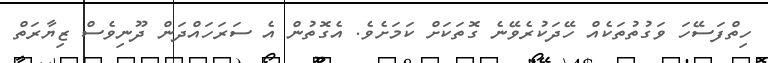
ހިތްފަސޭހަ ވަގުތުތަކެއް ހޭދަކުރެވޭނެ ގޮތަކަށް ކަމަށެވެ. އެގޮތުން އެ ސަރަހައްދަން ދޫނިވެސް ޒިޔާރަތް